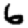
Digit: 6